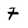
Character: t